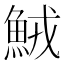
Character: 𩶺